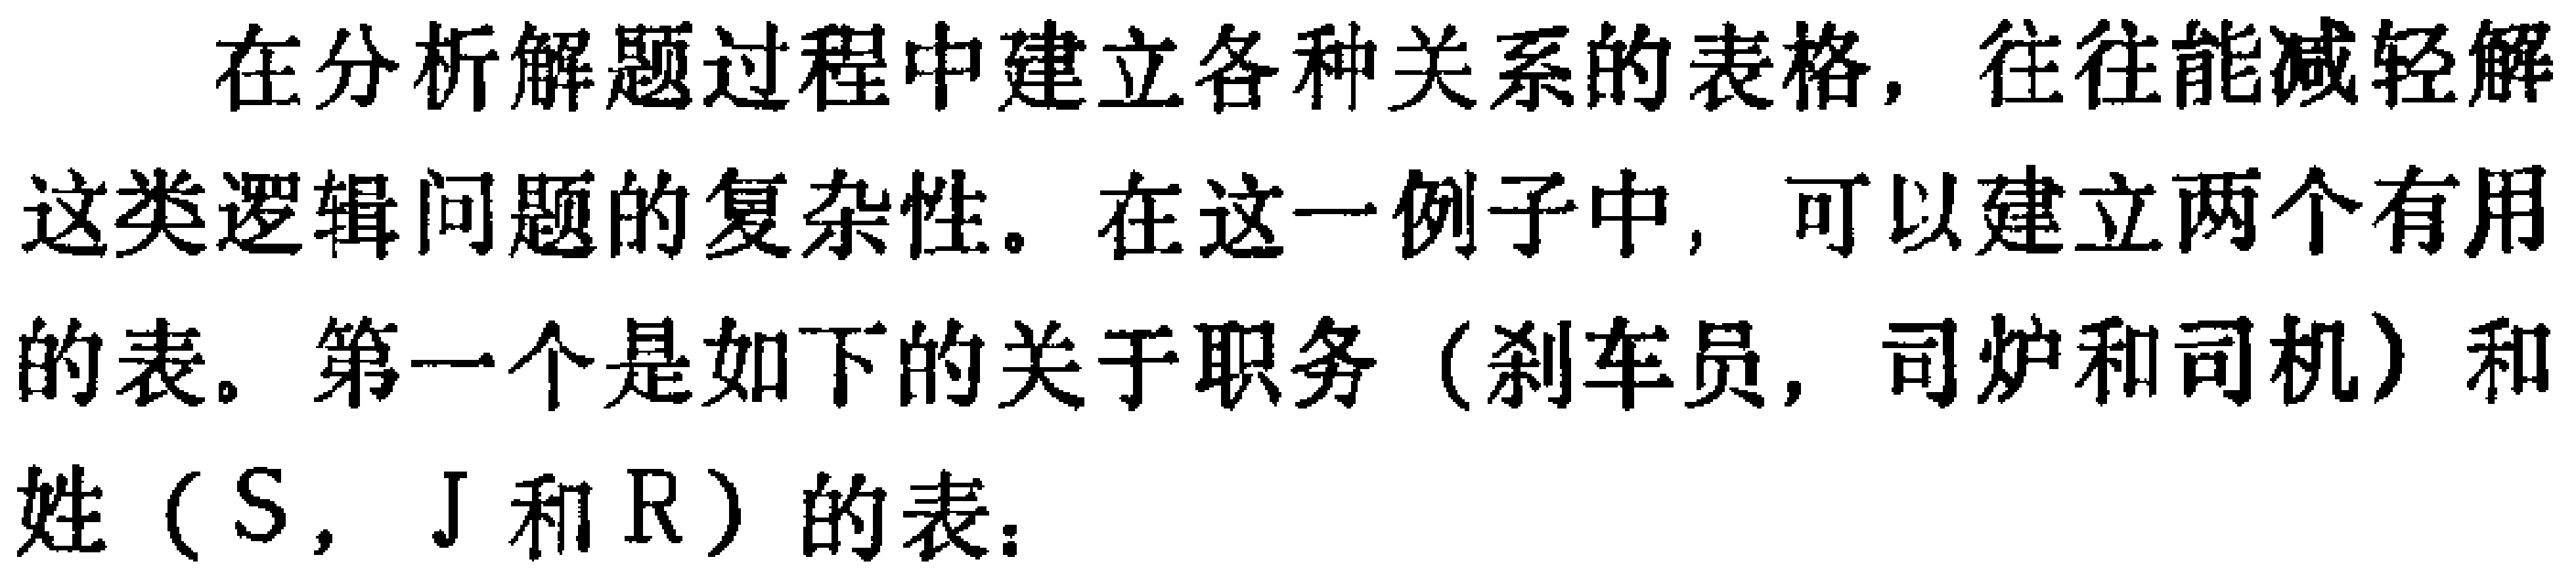
在分析解题过程中建立各种关系的表格，往往能减轻解这类逻辑问题的复杂性。在这一例子中，可以建立两个有用的表。第一个是如下的关于职务（刹车员，司炉和司机）和姓（S，J和R）的表：